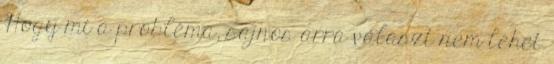
Hogy mi a probléma, sajnos arra választ nem lehet